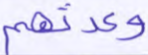
وعدتهم